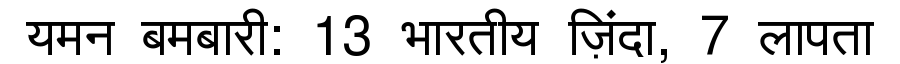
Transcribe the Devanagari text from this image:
यमन बमबारी: 13 भारतीय ज़िंदा, 7 लापता